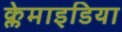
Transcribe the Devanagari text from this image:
क्लेमाइडिया